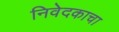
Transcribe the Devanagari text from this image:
निवेदकाचा